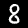
Label: 8